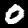
Label: 0